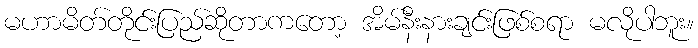
မဟာမိတ်တိုင်းပြည်ဆိုတာကတော့ အိမ်နီးနားချင်းဖြစ်စရာ မလိုပါဘူး။